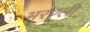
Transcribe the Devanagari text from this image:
भरण्ली